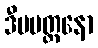
ဒီပမတ္တနော